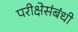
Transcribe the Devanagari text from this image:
परीक्षेसंबंधी